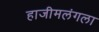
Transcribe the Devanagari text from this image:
हाजीमलंगला